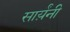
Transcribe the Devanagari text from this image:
सार्य़ंनी